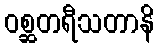
ဝစ္ဆတရီသတာနိ